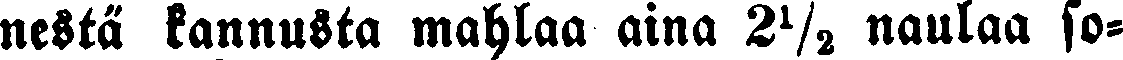
nestä kannusta mahlaa aina 2½ naulaa so-